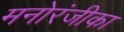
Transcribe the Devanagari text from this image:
मनोरंजीका